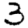
Digit: 3